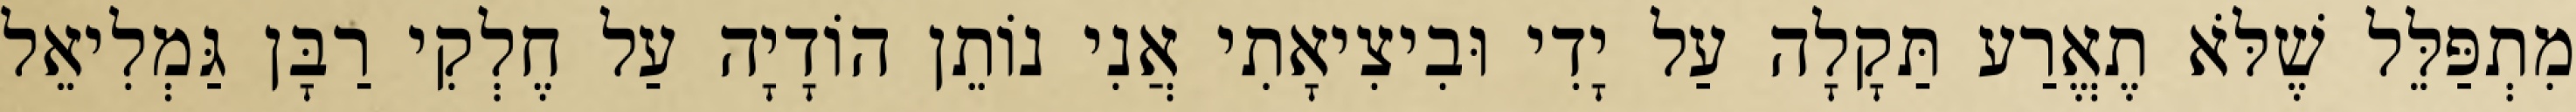
מִתְפַּלֵּל שֶׁלֹּא תֶאֱרַע תַּקָלָה עַל יָדִי וּבִיצִיאָתִי אֲנִי נוֹתֵן הוֹדָיָה עַל חֶלְקִי רַבָּן גַּמְלִיאֵל